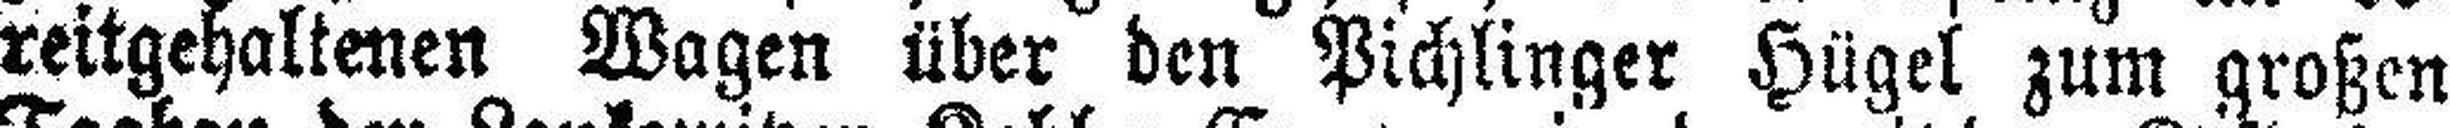
reitgehaltenen Wagen über den Pichlinger Hügel zum großen